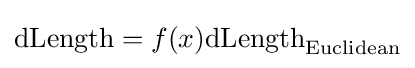
\mathrm {dLength} =f(x)\mathrm {dLength} _{\text{Euclidean}}